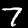
Digit: 7